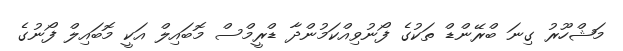
މަޝްހޫރު ގިނަ ބްރޭންޑް ތަކުގެ ފޯނުވިއްކަމުންދާ ޑްރީމްސް މޮބައިލް އަކީ މޮބައިލް ފޯނުގެ